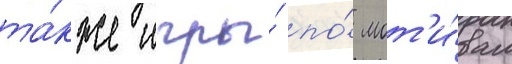
та́кже игры́ по́ мот'и́вам